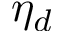
\eta _ { d }